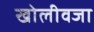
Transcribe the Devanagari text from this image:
खोलीवजा